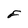
Character: F